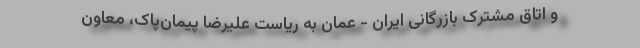
و اتاق مشترک بازرگانی ایران - عمان به ریاست علیرضا پیمان‌پاک، معاون